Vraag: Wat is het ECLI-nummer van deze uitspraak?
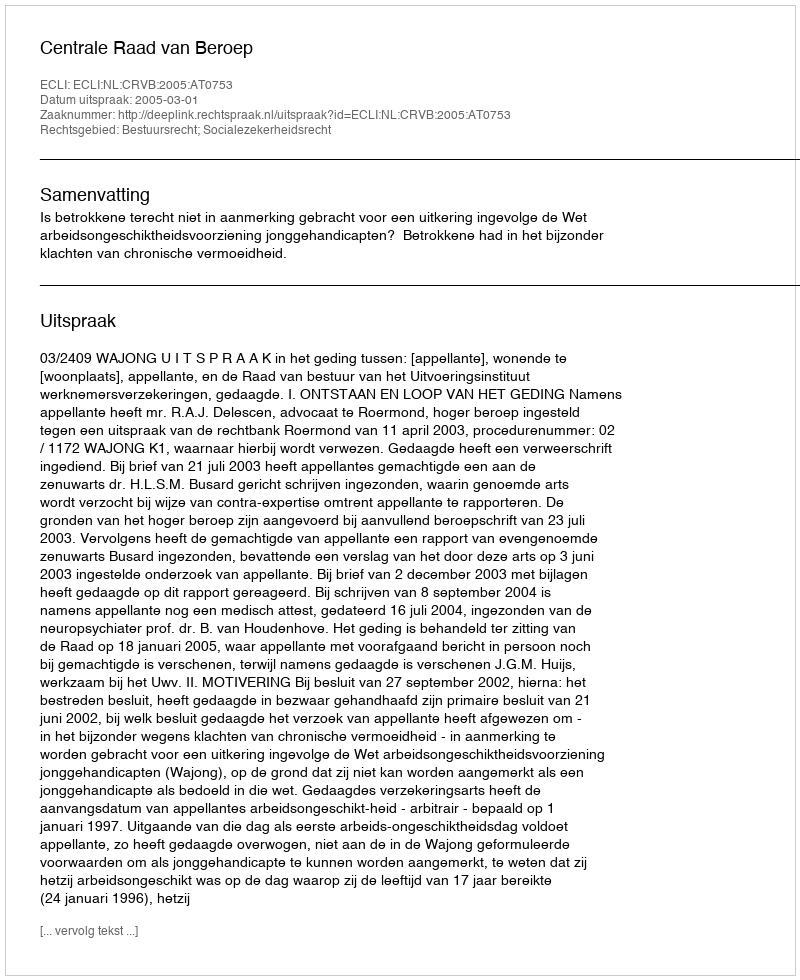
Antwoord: ECLI:NL:CRVB:2005:AT0753